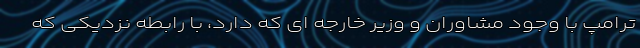
ترامپ با وجود مشاوران و وزیر خارجه ای که دارد، با رابطه نزدیکی که